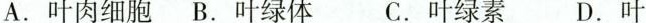
A. 叶肉细胞B. 叶绿体 C. 叶绿素 D. 叶